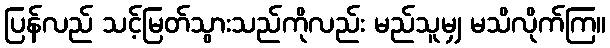
ပြန်လည် သင့်မြတ်သွားသည်ကိုလည်း မည်သူမျှ မသိလိုက်ကြ။